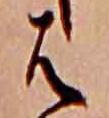
は